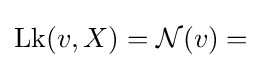
{\textstyle \operatorname {Lk} (v,X)={\mathcal {N}}(v)=}